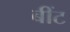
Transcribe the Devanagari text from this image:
बींट